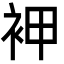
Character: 䘥